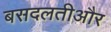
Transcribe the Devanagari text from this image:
बसदलतीऔर